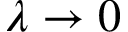
\lambda \to 0